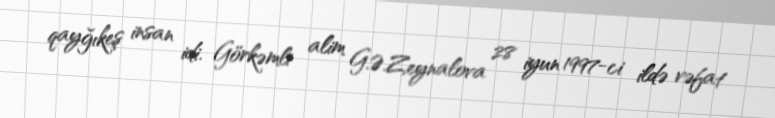
qayğıkeş insan idi. Görkəmli alim G.Ə.Zeynalova 28 iyun 1997-ci ildə vəfat